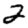
Digit: 2